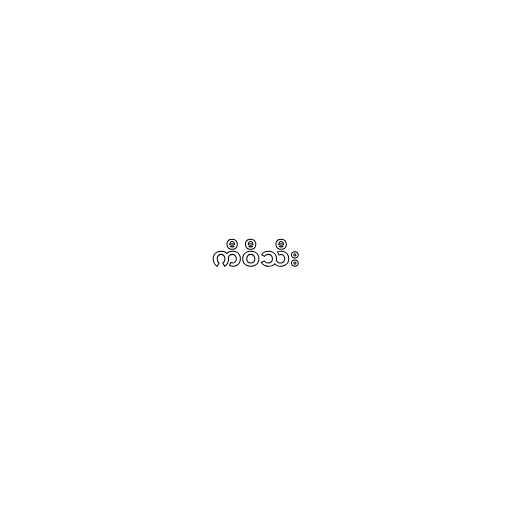
ကီဝီသီး